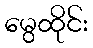
မွေထိုင်း